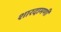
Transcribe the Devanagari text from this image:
शारदामणी